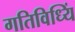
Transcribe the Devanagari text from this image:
गतिविध्यिं